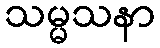
သမ္မသနာ